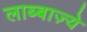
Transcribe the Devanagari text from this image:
लाब्बाज़्ये